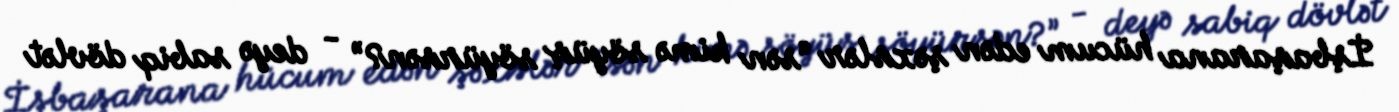
İşbaşarana hücum edən şəxslər “sən kimə söyüş söyürsən?” - deyə sabiq dövlət